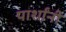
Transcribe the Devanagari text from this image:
पार्शांनी